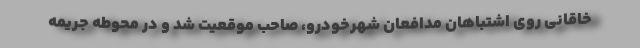
خاقانی روی اشتباهان مدافعان شهرخودرو، صاحب موقعیت شد و در محوطه جریمه